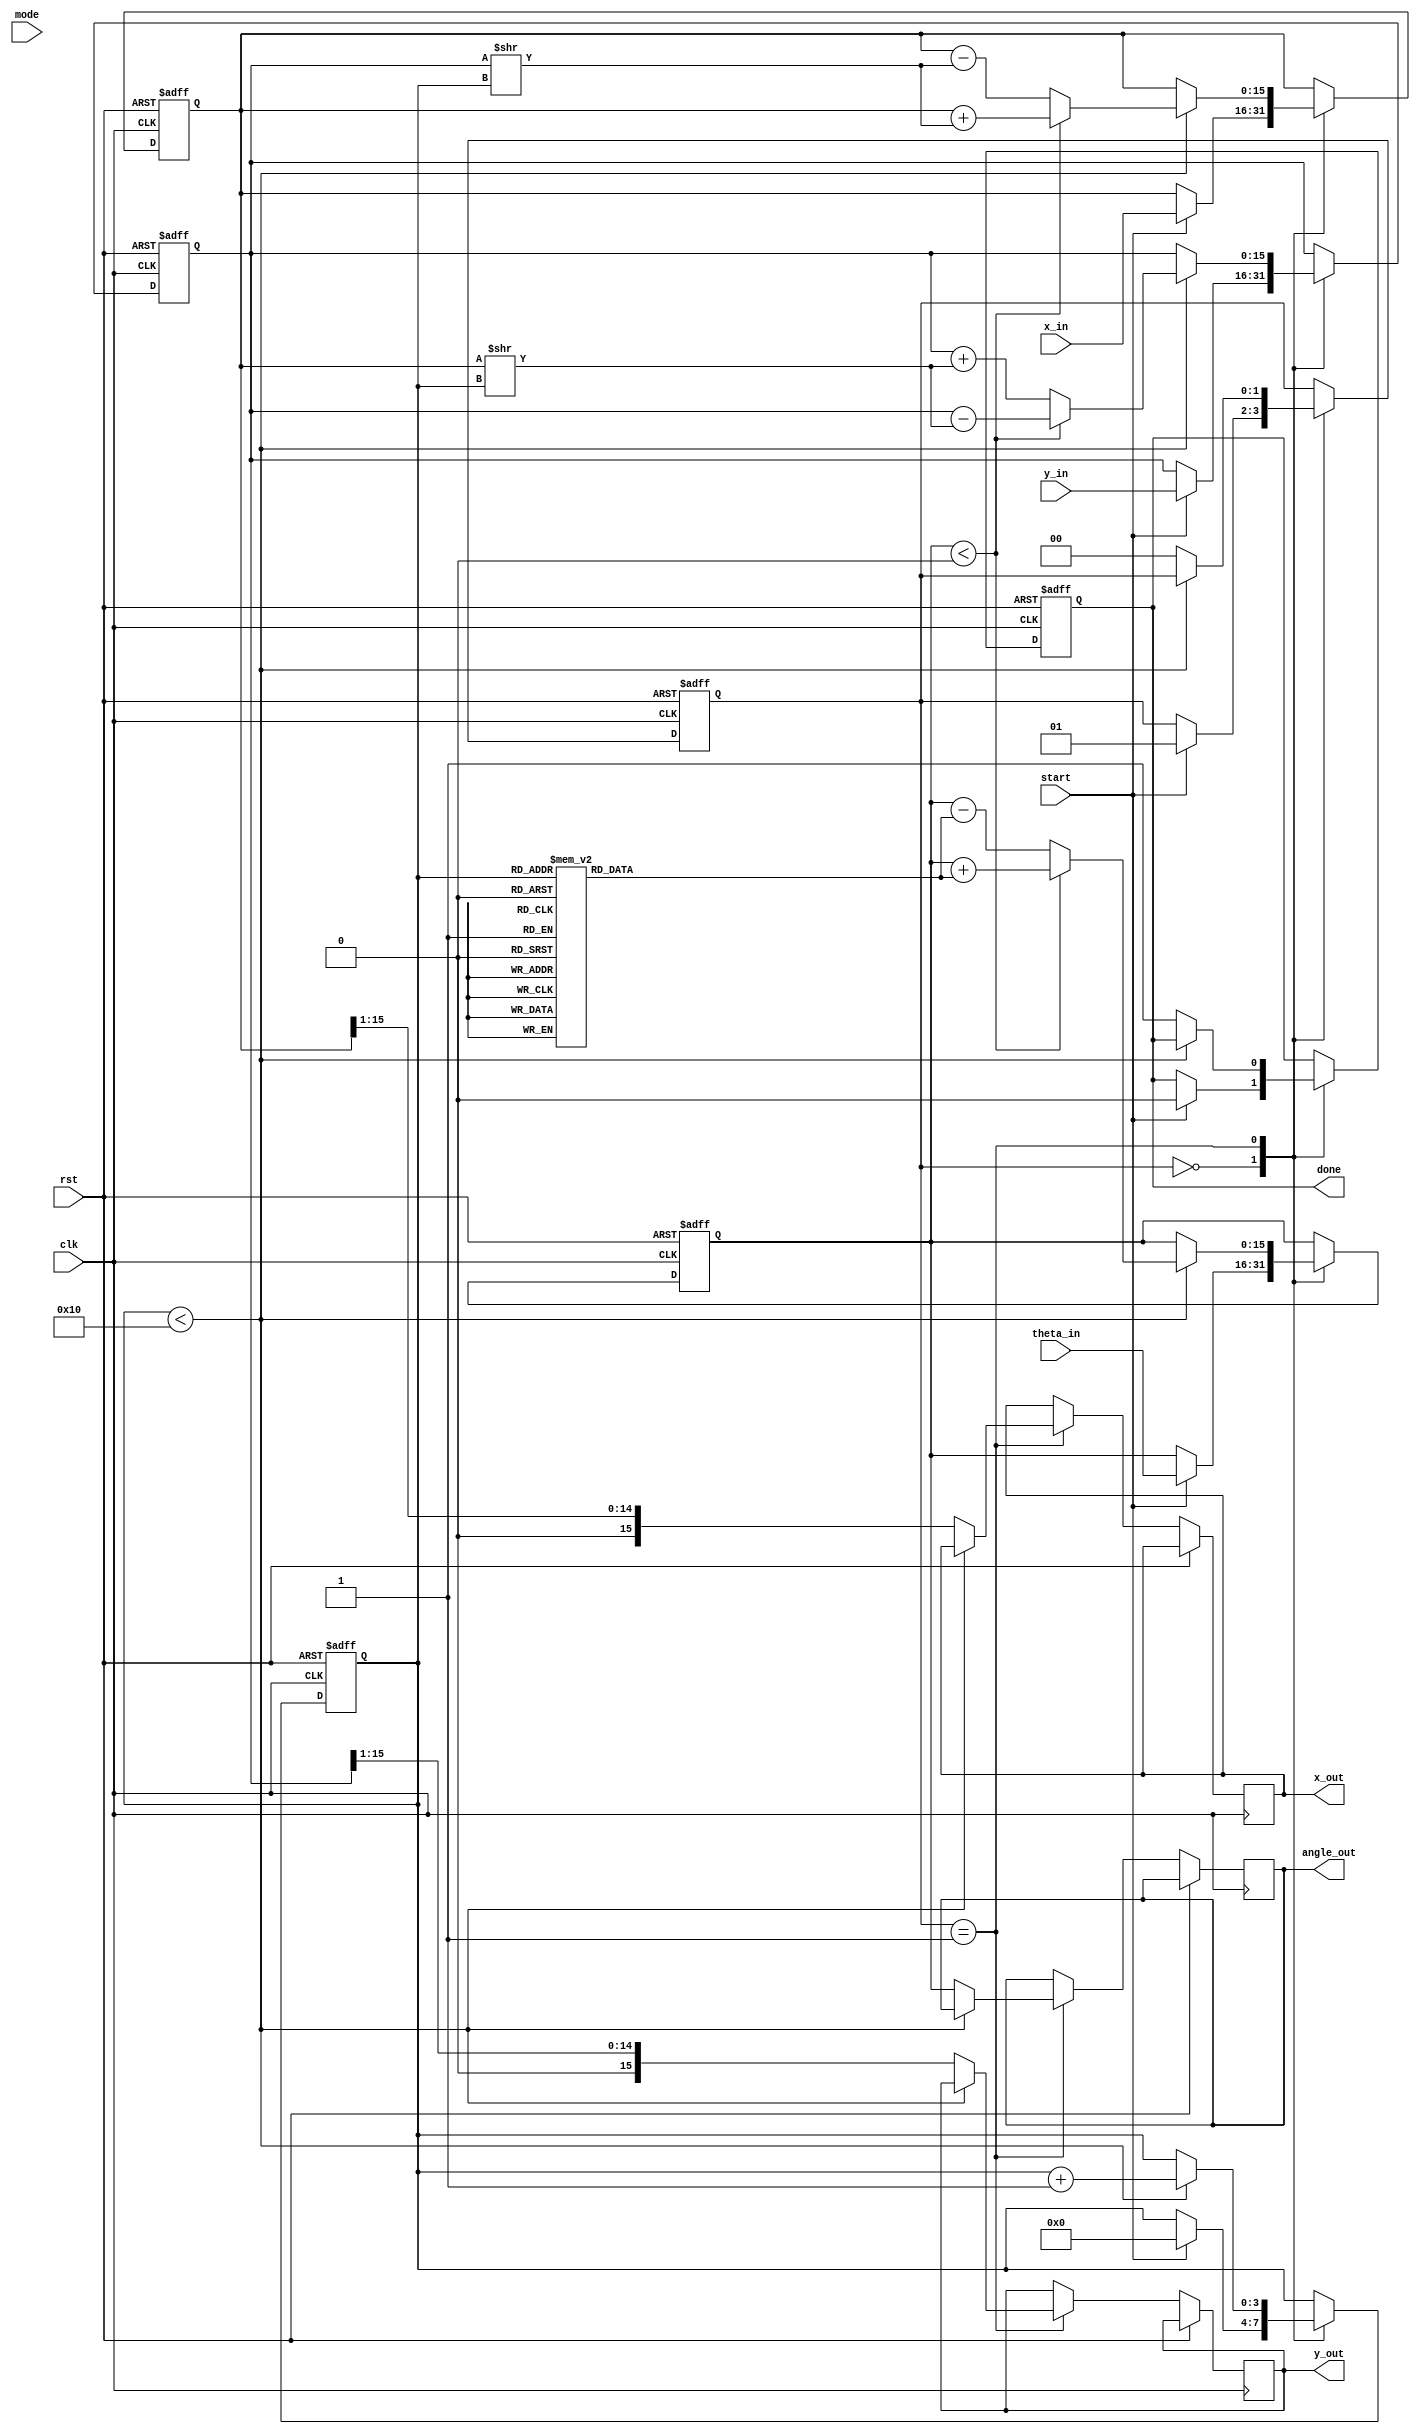
module cordic (
    input wire clk,
    input wire rst,
    input wire start,
    input wire [15:0] x_in,      // Input X vector
    input wire [15:0] y_in,      // Input Y vector
    input wire [15:0] theta_in,   // Input angle in fixed-point
    input wire [1:0] mode,       // Operation mode: 00 - Rotation, 01 - Vectoring, 10 - Multiplication/Division
    output reg [15:0] x_out,     // Output X vector
    output reg [15:0] y_out,     // Output Y vector
    output reg [15:0] angle_out,  // Output angle (for vectoring mode)
    output reg done              // Operation done flag
);

    // CORDIC parameters
    parameter NUM_ITERATIONS = 16;
    reg [15:0] angle_table [0:NUM_ITERATIONS-1]; // Pre-computed arctan(2^-i)
    reg [15:0] x_reg, y_reg, theta_reg;
    reg [3:0] iteration;
    reg [1:0] state;

    // Initialize angle table
    initial begin
        angle_table[0] = 16'h2000; // arctan(1) = 45 degrees
        angle_table[1] = 16'h1000; // arctan(0.5)
        angle_table[2] = 16'h0800; // arctan(0.25)
        angle_table[3] = 16'h0400; // arctan(0.125)
        // ... Fill in the rest of the angle table
    end

    // State machine for CORDIC operation
    always @(posedge clk or posedge rst) begin
        if (rst) begin
            x_reg <= 0;
            y_reg <= 0;
            theta_reg <= 0;
            iteration <= 0;
            state <= 0;
            done <= 0;
        end else begin
            case (state)
                0: begin // Idle state
                    if (start) begin
                        x_reg <= x_in;
                        y_reg <= y_in;
                        theta_reg <= theta_in;
                        iteration <= 0;
                        state <= 1;
                        done <= 0;
                    end
                end
                1: begin // CORDIC iterations
                    if (iteration < NUM_ITERATIONS) begin
                        if (theta_reg < 0) begin // Counter-clockwise rotation
                            x_reg <= x_reg + (y_reg >> iteration);
                            y_reg <= y_reg - (x_reg >> iteration);
                            theta_reg <= theta_reg + angle_table[iteration];
                        end else begin // Clockwise rotation
                            x_reg <= x_reg - (y_reg >> iteration);
                            y_reg <= y_reg + (x_reg >> iteration);
                            theta_reg <= theta_reg - angle_table[iteration];
                        end
                        iteration <= iteration + 1;
                    end else begin
                        // Scaling factor adjustment (for rotation mode)
                        x_out <= x_reg >>> 1; // Adjust for scaling
                        y_out <= y_reg >>> 1; // Adjust for scaling
                        angle_out <= theta_reg; // Output angle for vectoring mode
                        done <= 1;
                        state <= 0; // Go back to idle
                    end
                end
            endcase
        end
    end

endmodule